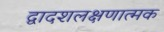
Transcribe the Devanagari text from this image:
द्वादशलक्षणात्मक